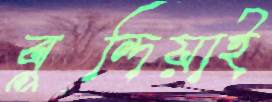
বুন্দিয়াই